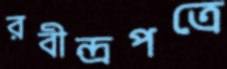
রবীন্দ্রপত্রে